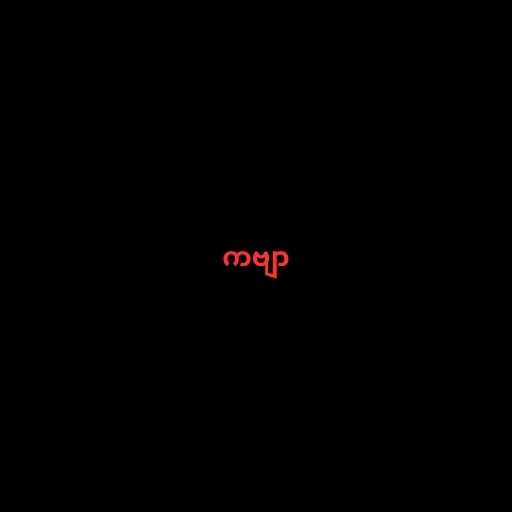
ကဗျာ